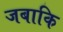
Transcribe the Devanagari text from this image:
जबाकि